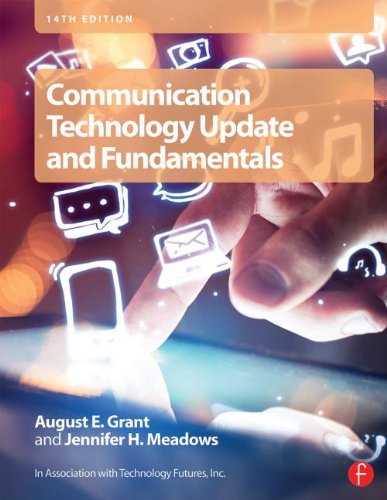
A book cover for Communication Technology Update and Fundamentals; Crafts, Hobbies & Home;